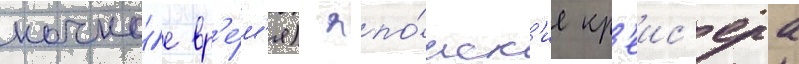
ночно́е вр'е́м'я) япо́нск'ие кр'еис'ера